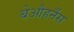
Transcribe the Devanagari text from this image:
बेऔहर्नैस